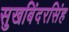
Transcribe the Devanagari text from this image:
सुखबिंदरसिंह